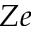
Z e